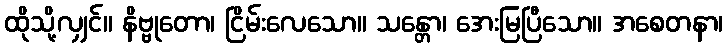
ထိုသို့လျှင်။ နိဗ္ဗုတော၊ ငြိမ်းလေသော။ သန္တော၊ အေးမြပြီသော။ အစေတနာ၊